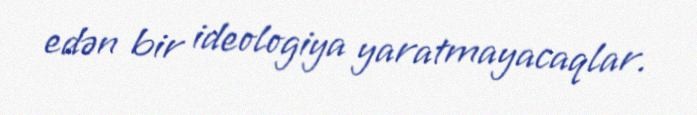
edən bir ideologiya yaratmayacaqlar.